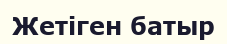
Жетіген батыр